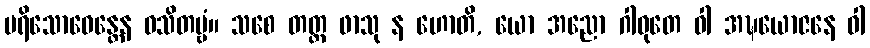
ပရိသောဓေန္တေန ဝသိတဗ္ဗံ။ သစေ တတ္ထ ဖာသု န ဟောတိ, ယော အညော ဂါဝုတေ ဝါ အဍ္ဎယောဇနေ ဝါ